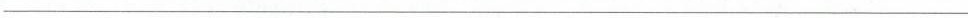
___